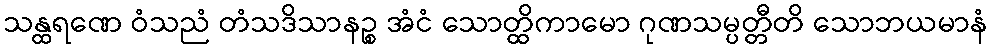
သန္ထရဏေ ဝံသညံ တံသဒိသာနဉ္စ အံငံ သောတ္ထိကာမော ဂုဏသမ္ပတ္တီတိ သောဘယမာနံ